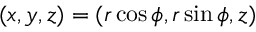
( x , y , z ) = ( r \cos \phi , r \sin \phi , z )